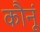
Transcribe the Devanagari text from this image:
कौनूं